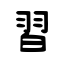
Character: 習